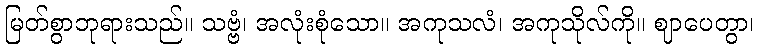
မြတ်စွာဘုရားသည်။ သဗ္ဗံ၊ အလုံးစုံသော။ အကုသလံ၊ အကုသိုလ်ကို။ ဈာပေတွာ၊